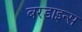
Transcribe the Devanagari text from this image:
बरडाइन्स